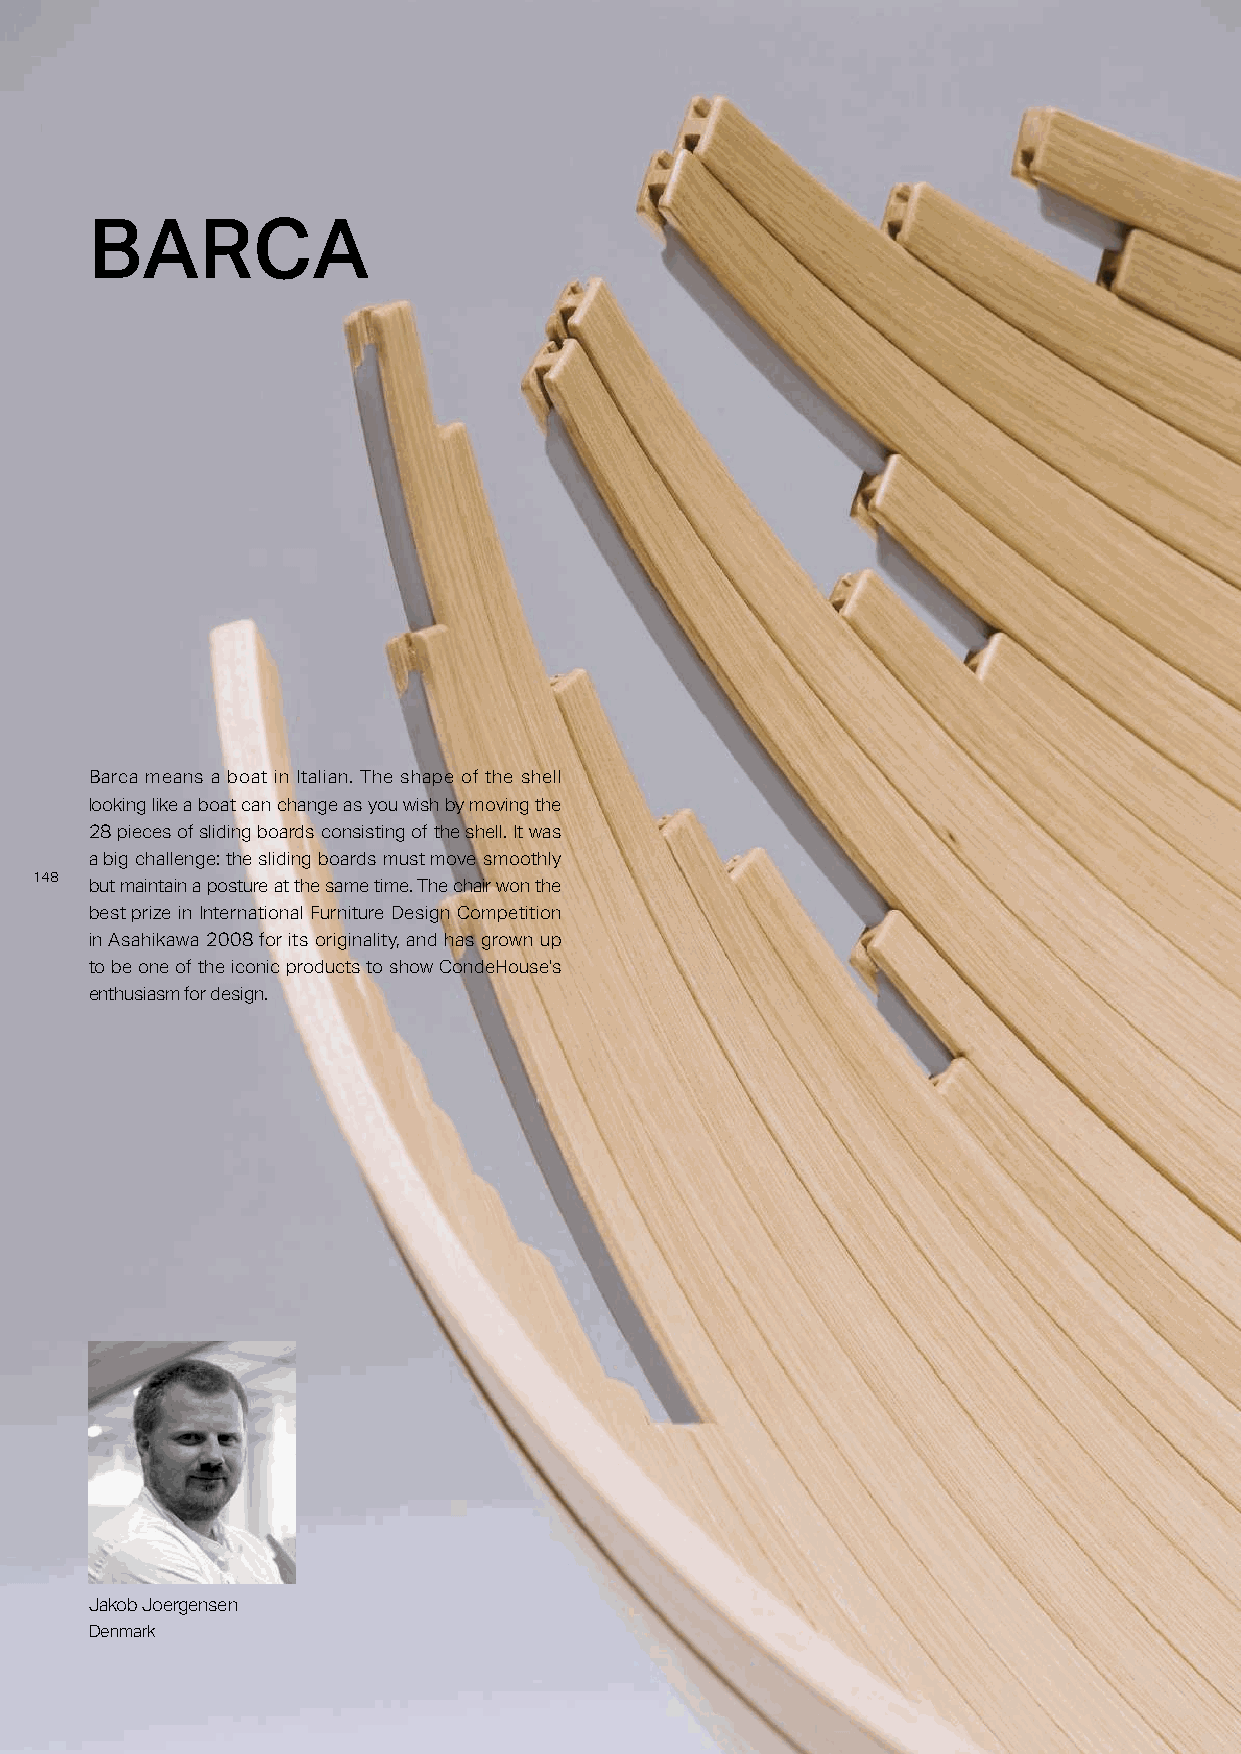
BARCA
 Barca means a boat in Italian. The shape of the shell
 looking like a boat can change as you wish by moving the
 28 pieces of sliding boards consisting of the shell. It was
 a big challenge: the sliding boards must move smoothly
 114488
 but maintain a posture at the same time. The chair won the
 best prize in International Furniture Design Competition
 in Asahikawa 2008 for its originality, and has grown up
 to be one of the iconic products to show CondeHouse's
 enthusiasm for design.
 Jakob Joergensen
 Denmark